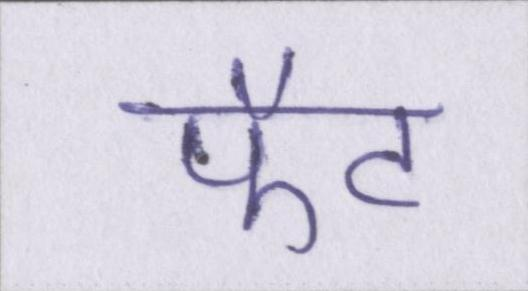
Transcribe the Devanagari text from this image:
फैट